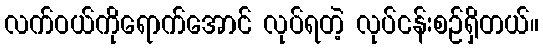
လက်ဝယ်ကိုရောက်အောင် လုပ်ရတဲ့ လုပ်ငန်းစဉ်ရှိတယ်။